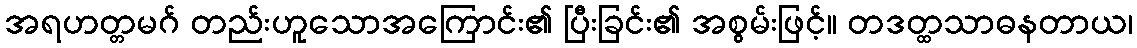
အရဟတ္တမဂ် တည်းဟူသောအကြောင်း၏ ပြီးခြင်း၏ အစွမ်းဖြင့်။ တဒတ္ထသာဓနတာယ၊